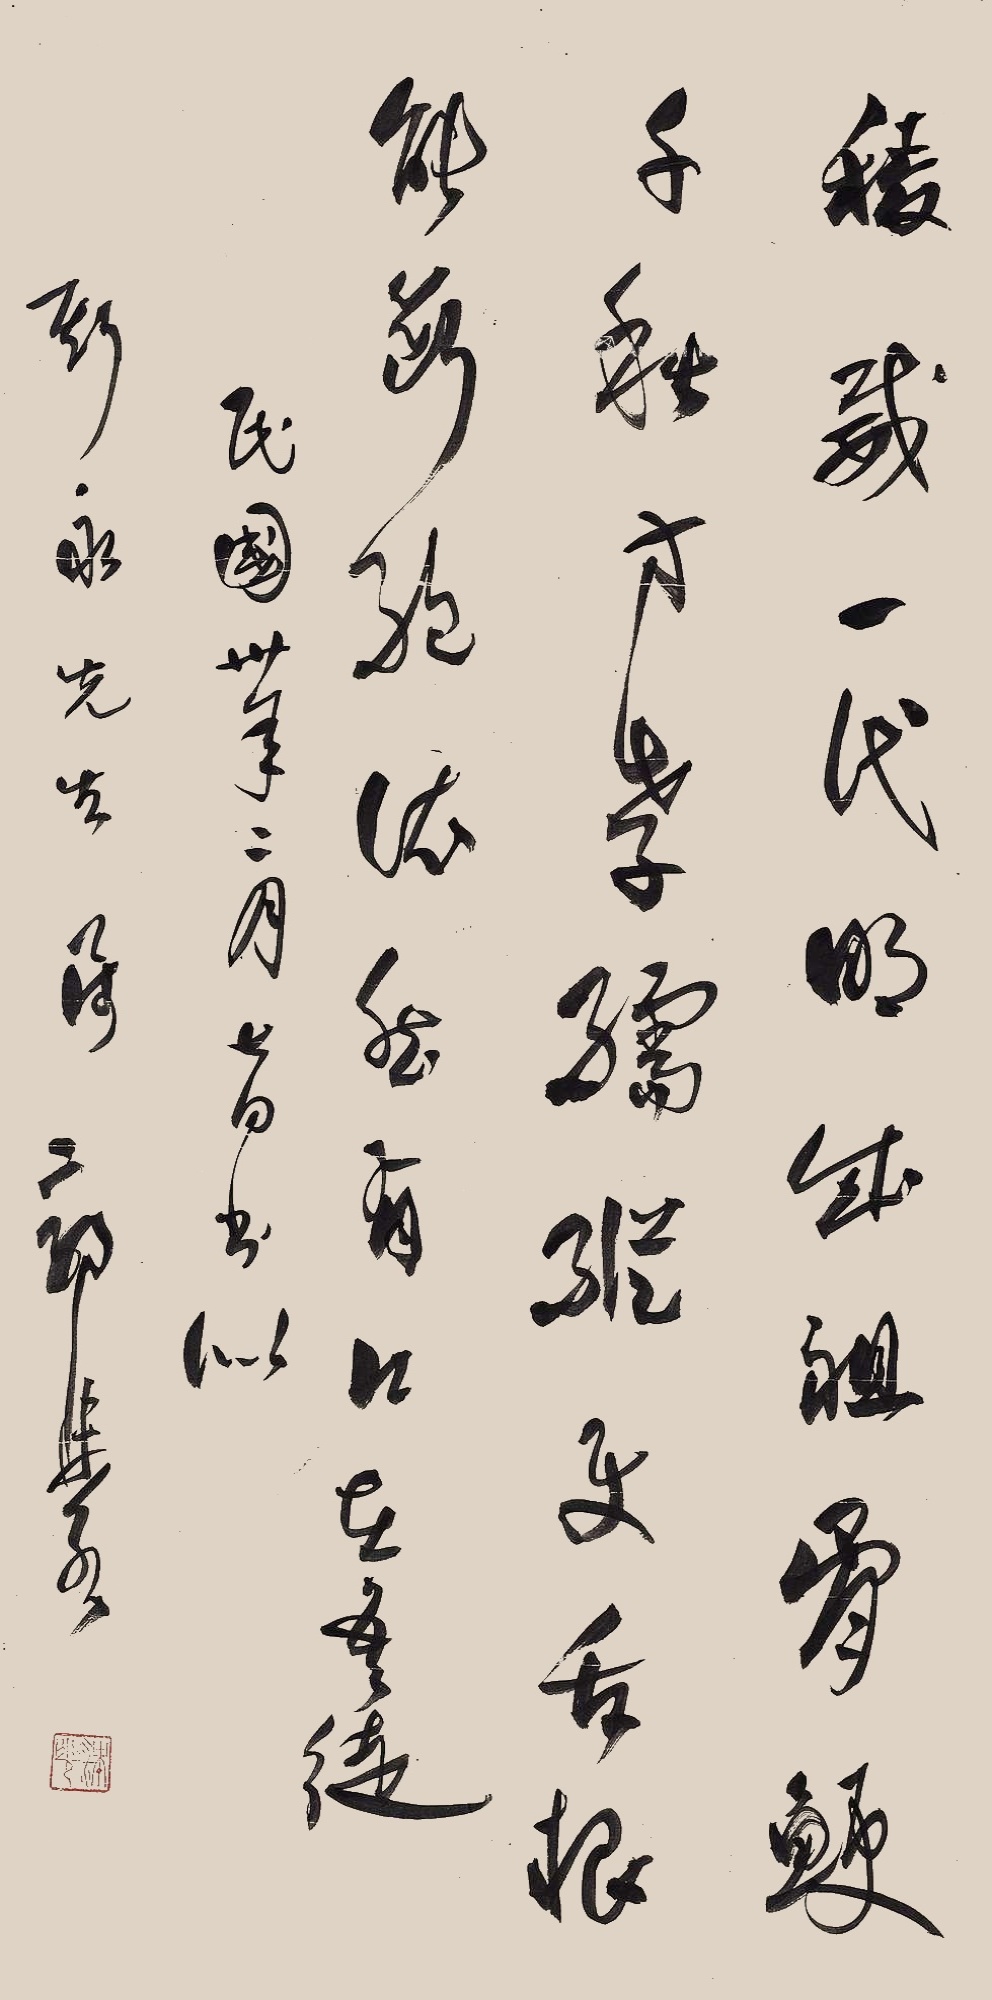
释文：棱威一代明成祖，骨鲠千秋方孝孺。纵使舌根能断绝，依旧有口在吾徒。民国卅年二月七日书似斯永先生属，郭沫若。